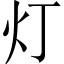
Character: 灯